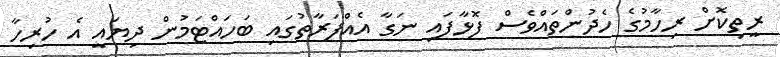
ރީތިކޮށް ރިހާމުގެ ހެދުންތައްވެސް ފޮޅާފައި ނަގާ އެއްފަރާތުގައި ބަހައްޓަމުން ދިޔައީ އެ ހުރިހާ